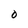
Character: O